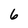
Character: 6